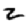
Digit: 2